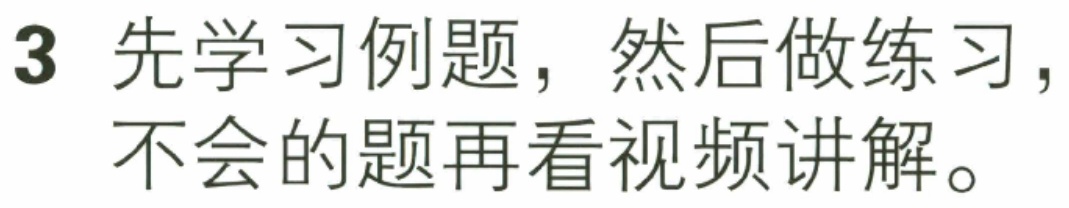
3 先学习例题，然后做练习，不会的题再看视频讲解。